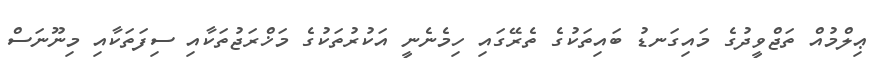
ޢިލްމުއް ތަޖްވީދުގެ މައިގަނޑު ބައިތަކުގެ ތެރޭގައި ހިމެނެނީ އަކުރުތަކުގެ މަޚްރަޖުތަކާއި ސިފަތަކާއި މިނޫނަސް